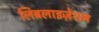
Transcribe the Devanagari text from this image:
लिब्रलाइज़ेशन